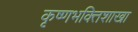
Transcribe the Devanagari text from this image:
कृष्णभक्तिशाखा